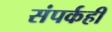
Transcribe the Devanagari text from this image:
संपर्कही